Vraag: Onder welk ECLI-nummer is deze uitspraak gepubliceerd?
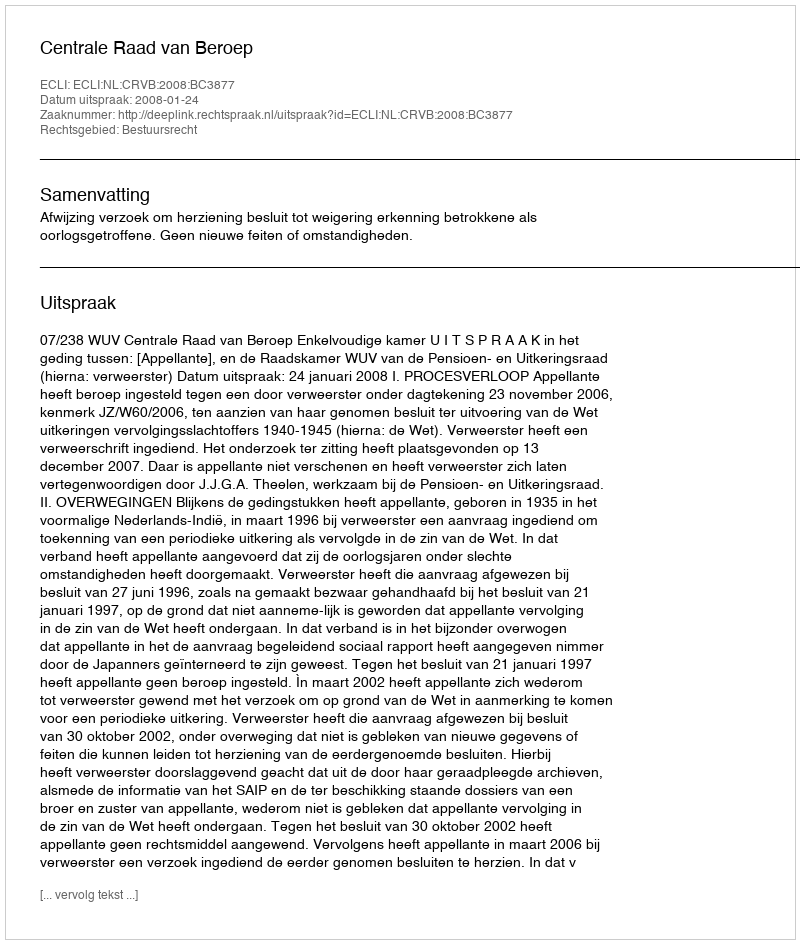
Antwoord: ECLI:NL:CRVB:2008:BC3877